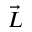
\vec { L }